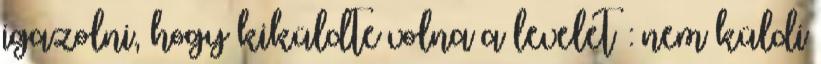
igazolni, hogy kiküldte volna a levelet : nem küldi